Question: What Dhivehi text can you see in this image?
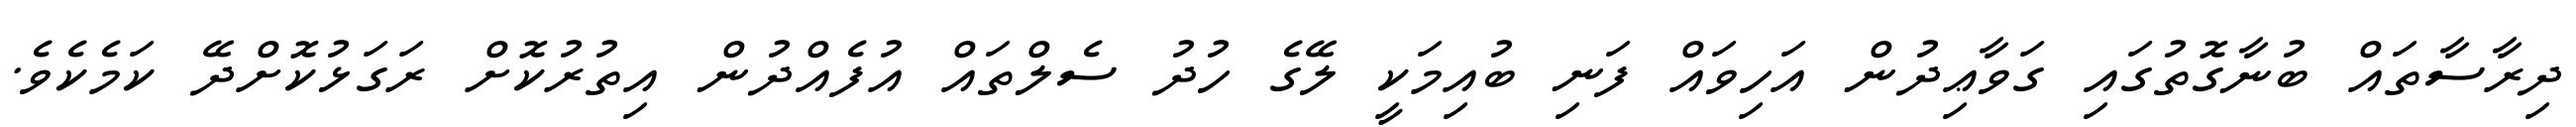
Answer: ދިރާސާތައް ބުނާގޮތުގައި ގަވާޢިދުން އަހިވައް ފަނި ބުއިމަކީ ލޭގެ ހުދު ސެލްތައް އުފެއްދުން އިތުރުކޮށް ރަގަޅުކޮށްދޭ ކަމެކެވެ.